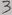
Text: 3